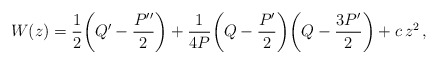
\begin{align*}W(z)=\frac12\bigg(Q'-\frac{P''}2\bigg)+\frac1{4P}\bigg(Q-\frac{P'}2\bigg)\bigg(Q-\frac{3P'}2\bigg)+c\,z^2\,,\end{align*}